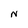
Character: N